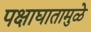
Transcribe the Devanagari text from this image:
पक्षाघातामुळे